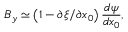
B _ { y } \simeq \left( 1 - \partial \xi / \partial x _ { 0 } \right) \frac { d \psi } { d x _ { 0 } } ,